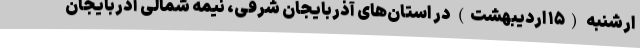
ارشنبه (۱۵ اردیبهشت) در استان‌های آذربایجان شرقی، نیمه شمالی آذربایجان